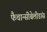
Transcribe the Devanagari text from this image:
फैचान्सीबेलीडांस